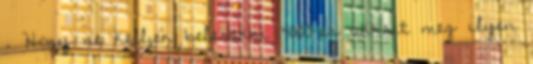
. Hogy ne kelljen belerakni 4000-es akksit meg ilyen